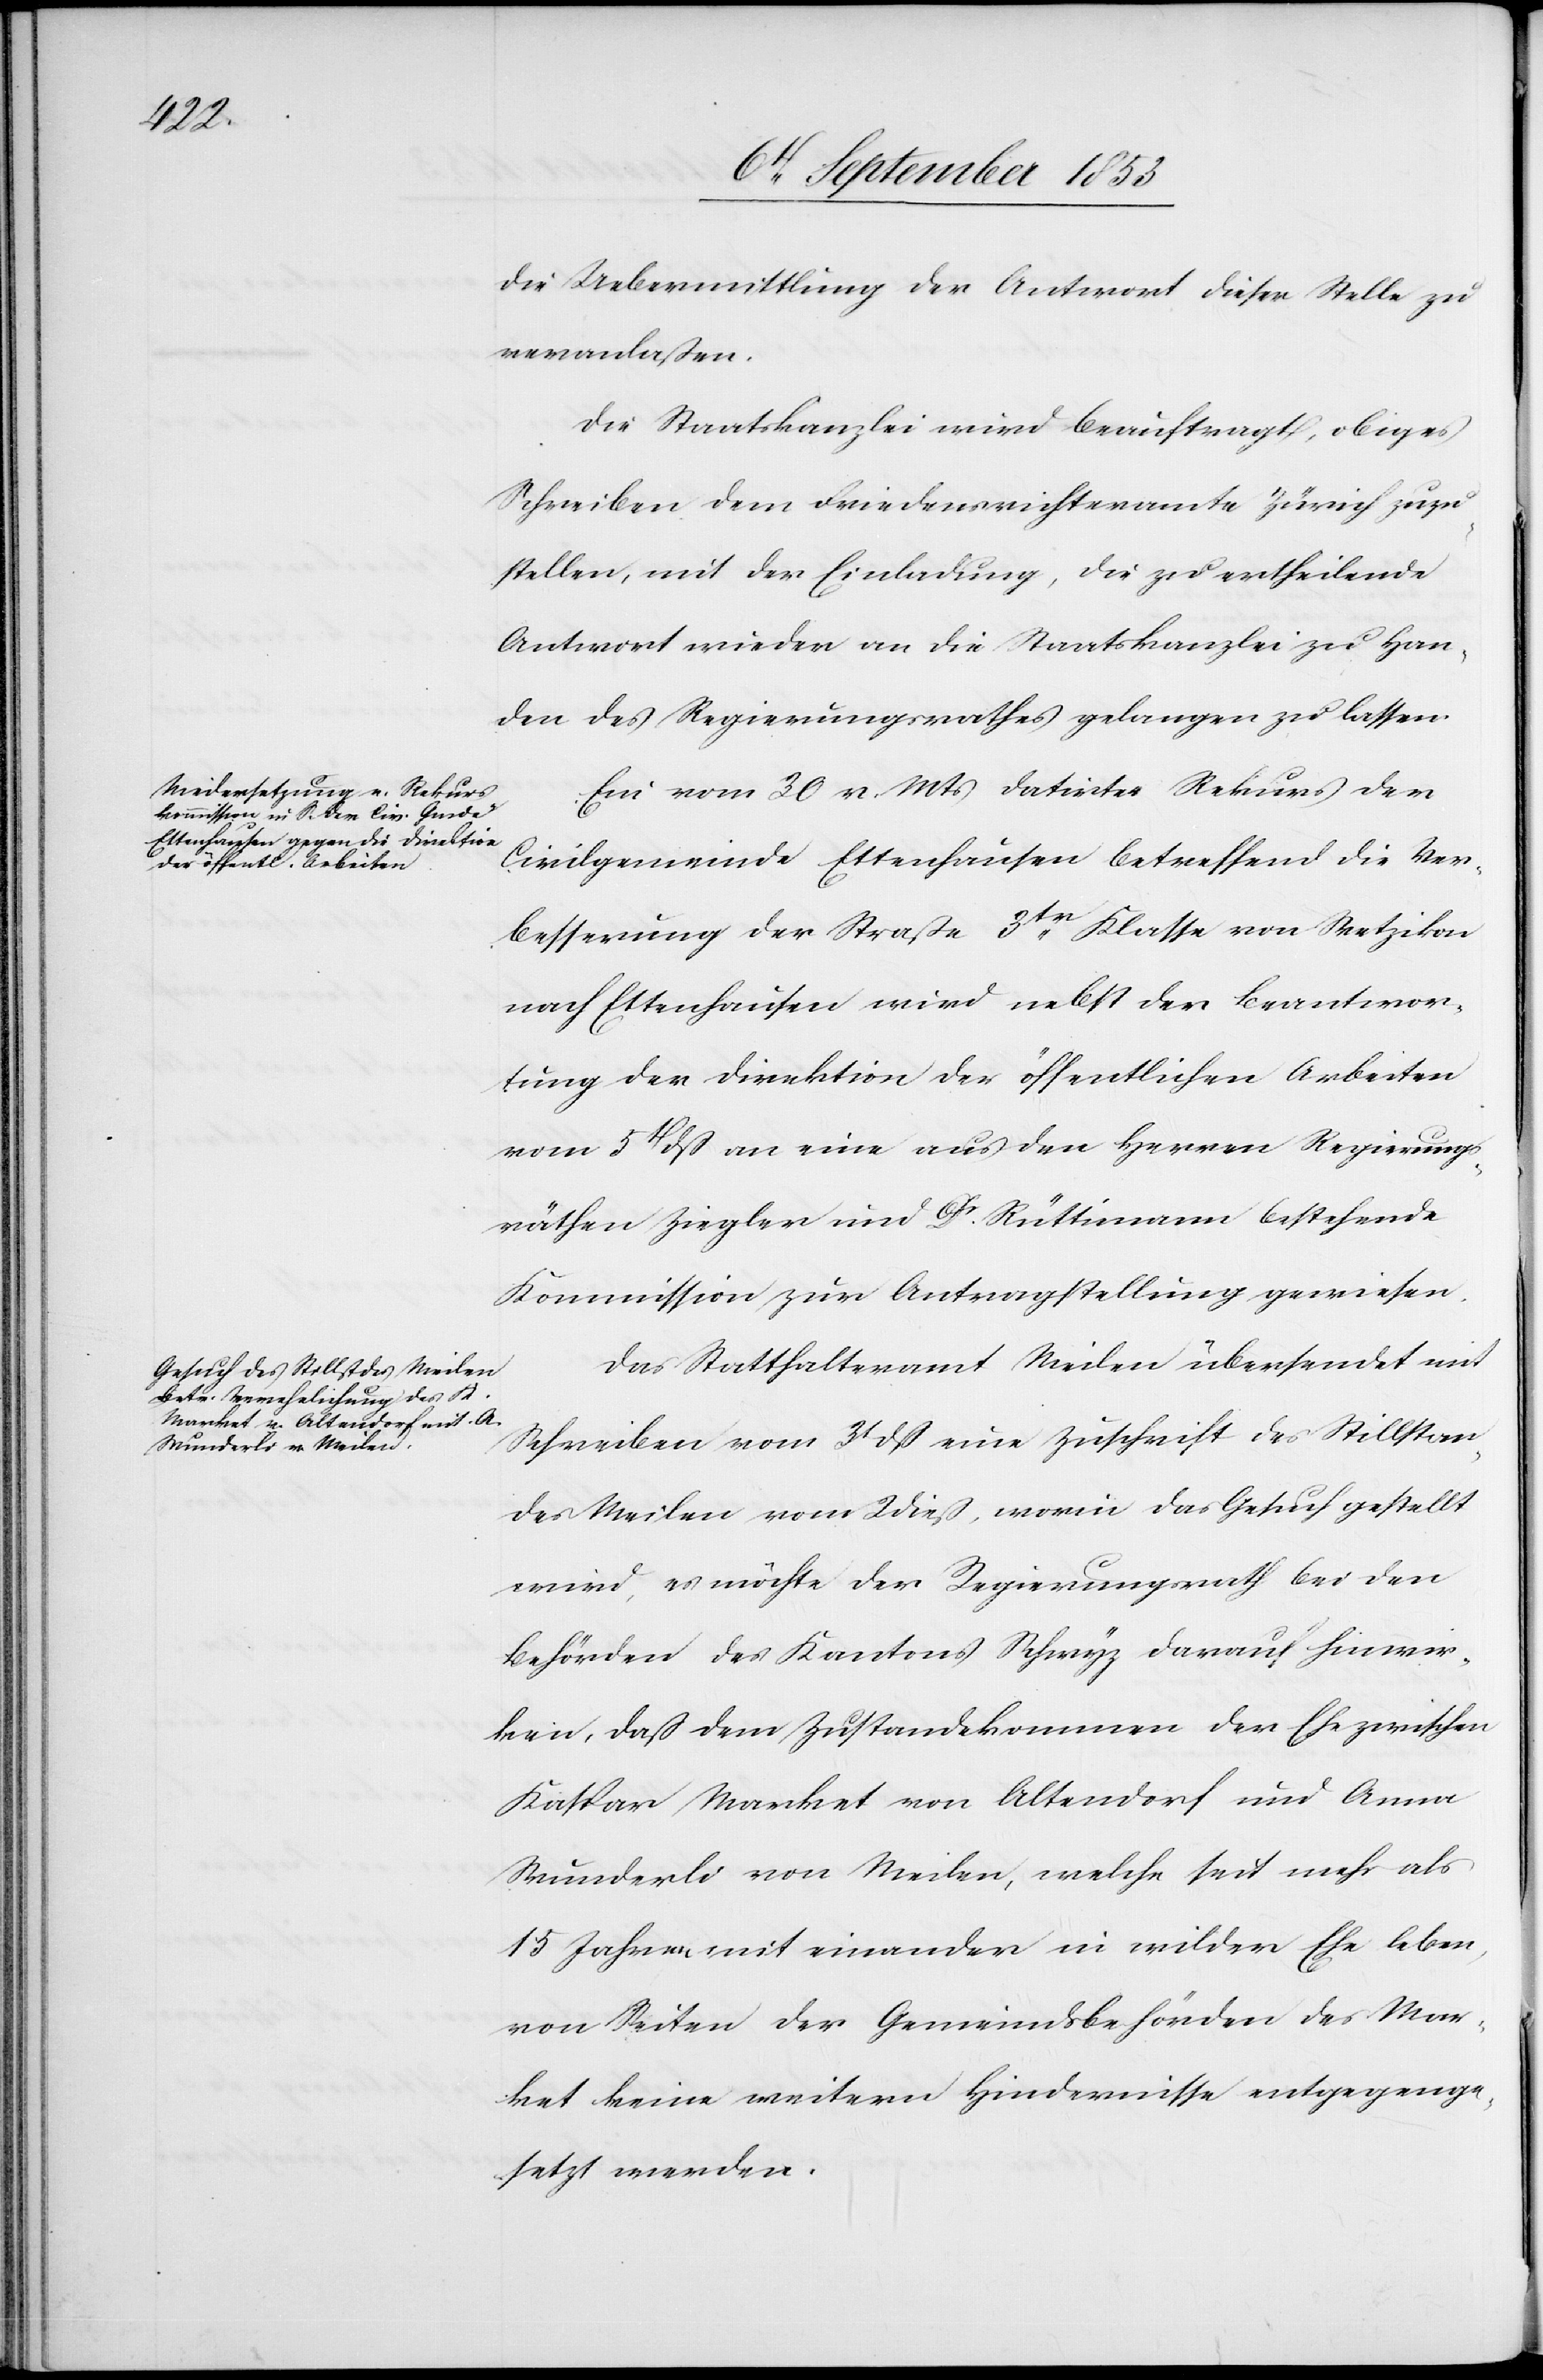
die Uebermittlung der Antwort dieser Stelle zu
veranlaßen.
Die Staatskanzlei wird beauftragt, obiges
Schreiben dem Friedensrichteramte Zürich zuzu¬
stellen, mit der Einladung, die zu ertheilende
Antwort wieder an die Staatskanzlei zu Han¬
den des Regierungsrathes gelangen zu lassen.
Ein vom 30 v. Mts. datirter Rekurs der
Civilgemeinde Ettenhausen betreffend die Ver¬
besserung der Straße 3tr Klasse von Wetzikon
nach Ettenhausen wird nebst der Beantwor¬
tung der Direktion der öffentlichen Arbeiten,
vom 5t dß an eine aus den Herren Regierungs¬
räthen Ziegler und Dr Rüttimann bestehende
Kommission zur Antragstellung gewiesen.
Das Statthalteramt Meilen übersendet mit
Schreiben vom 31 dß eine Zuschrift des Stillstan¬
des Meilen vom 2 dieß, worin das Gesuch gestellt
wird, es möchte der Regierungsrath bei den
Behörden des Kantons Schwyz danach hinwir¬
ken, daß dem Zustandekommen der Ehe zwischen
Kaspar Market von Altendorf und Anna
Wunderli von Meilen, welche seit mehr als
15 Jahren mit einander in wilder Ehe leben,
von Seiten der Gemeindsbehörden des Mar¬
ket keine weitern Hindernisse entgegenge¬
setzt werden.